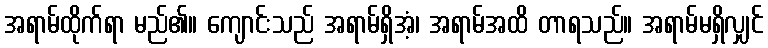
အရာမ်ထိုက်ရာ မည်၏။ ကျောင်းသည် အရာမ်ရှိအံ့၊ အရာမ်အထိ တာရသည်။ အရာမ်မရှိလျှင်